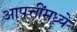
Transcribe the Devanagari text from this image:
आपत्तींमध्ये